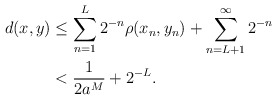
\begin{align*} d(x, y) &\leq \sum_{n=1}^L 2^{-n} \rho(x_n,y_n) + \sum_{n=L+1}^\infty 2^{-n} \\ &< \frac{1}{2a^M} + 2^{-L}. \end{align*}